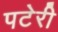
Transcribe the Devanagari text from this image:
पटेरी